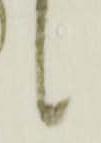
々